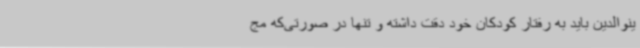
ینوالدین باید به رفتار کودکان خود دقت داشته و تنها در صورتی‌که مج